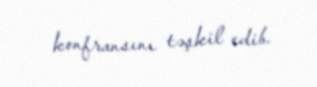
konfransını təşkil edib.